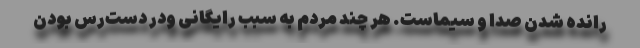
رانده شدن صدا و سیماست. هر چند مردم به سبب رایگانی ودر دست‌رس بودن